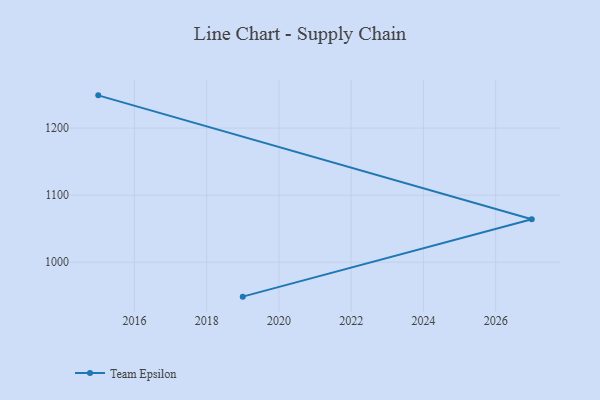
{"axis": {"x": "Year", "y": "Conversion Rate (%)"}, "legend": ["Team Epsilon"], "data": [{"x": "2019", "y": 948.6, "type": "Team Epsilon"}, {"x": "2027", "y": 1064.1, "type": "Team Epsilon"}, {"x": "2015", "y": 1248.8, "type": "Team Epsilon"}]}